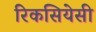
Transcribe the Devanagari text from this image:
रिकसियेसी